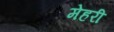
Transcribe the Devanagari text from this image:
मेहरी